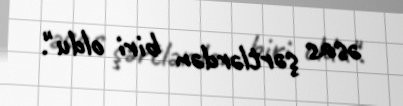
əsas şərtlərdən biri oldu".